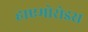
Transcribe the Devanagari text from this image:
हाएमोरोइस